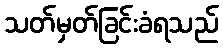
သတ်မှတ်ခြင်းခံရသည်